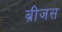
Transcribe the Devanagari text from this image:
ब्रीजस